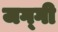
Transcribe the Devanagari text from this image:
जग्‍गी